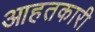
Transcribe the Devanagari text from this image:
आहतकारी